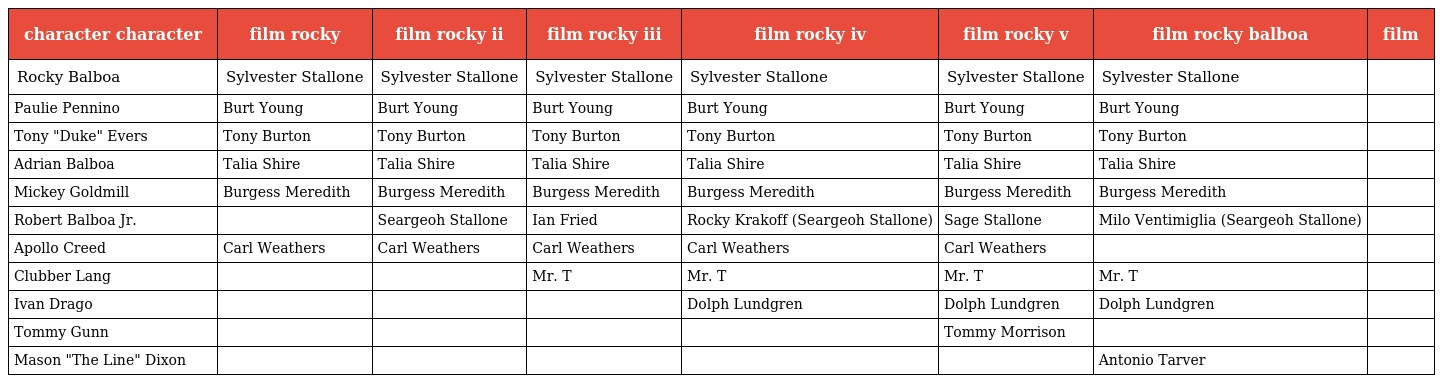
| character character | film rocky | film rocky ii | film rocky iii | film rocky iv | film rocky v | film rocky balboa | film |
 | --- | --- | --- | --- | --- | --- | --- | --- |
 | Rocky Balboa | Sylvester Stallone | Sylvester Stallone | Sylvester Stallone | Sylvester Stallone | Sylvester Stallone | Sylvester Stallone |  |
 | Paulie Pennino | Burt Young | Burt Young | Burt Young | Burt Young | Burt Young | Burt Young |  |
 | Tony "Duke" Evers | Tony Burton | Tony Burton | Tony Burton | Tony Burton | Tony Burton | Tony Burton |  |
 | Adrian Balboa | Talia Shire | Talia Shire | Talia Shire | Talia Shire | Talia Shire | Talia Shire |  |
 | Mickey Goldmill | Burgess Meredith | Burgess Meredith | Burgess Meredith | Burgess Meredith | Burgess Meredith | Burgess Meredith |  |
 | Robert Balboa Jr. |  | Seargeoh Stallone | Ian Fried | Rocky Krakoff (Seargeoh Stallone) | Sage Stallone | Milo Ventimiglia (Seargeoh Stallone) |  |
 | Apollo Creed | Carl Weathers | Carl Weathers | Carl Weathers | Carl Weathers | Carl Weathers |  |  |
 | Clubber Lang |  |  | Mr. T | Mr. T | Mr. T | Mr. T |  |
 | Ivan Drago |  |  |  | Dolph Lundgren | Dolph Lundgren | Dolph Lundgren |  |
 | Tommy Gunn |  |  |  |  | Tommy Morrison |  |  |
 | Mason "The Line" Dixon |  |  |  |  |  | Antonio Tarver |  |